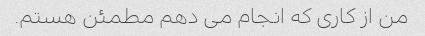
من از کاری که انجام می دهم مطمئن هستم.